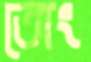
তোং